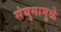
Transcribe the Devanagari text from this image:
संयुगामुळे